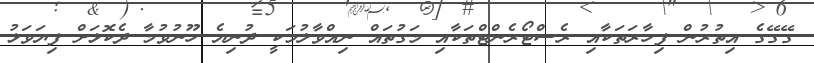
ގޭގޭގެ އިތުރުން ފިހާރަތަކާއި ރެސްޓޯރެންޓްތަކާއި މަގުތައް ނިއްވާލުމަކީ ދުނިޔެ ހޫނުވުމާ ދެކޮޅަށް ފިޔަވަޅު